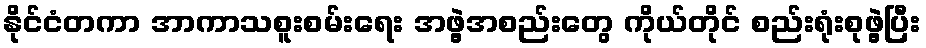
နိုင်ငံတကာ အာကာသစူးစမ်းရေး အဖွဲ့အစည်းတွေ ကိုယ်တိုင် စည်းရုံးစုဖွဲ့ပြီး